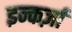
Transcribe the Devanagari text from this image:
इन्कर्ज़ा